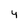
Character: 4